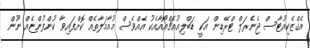
އެގްޒެކިއުޓާސް ޖެނެރަލް ޓްރޭޑިން އަކީ ޑަބްލިއުއެޗްއޯއާއެކު އެއްވެސް މުއާމަލާތެއް ކޮށްފައިވާ ކުންފުންޏެއް ނޫން